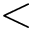
<